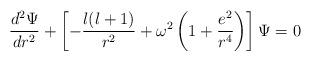
LaTeX: \begin{align*}\frac{d^2\Psi}{dr^2} +\left[-\frac{l(l+1)}{r^2}+\omega^2\left(1+\frac{e^2}{r^4}\right)\right]\Psi=0\end{align*}